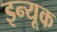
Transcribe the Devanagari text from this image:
इन्यूक